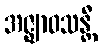
အဇ္ဈာဝသန္တီ